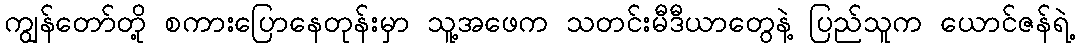
ကျွန်တော်တို့ စကားပြောနေတုန်းမှာ သူ့အဖေက သတင်းမီဒီယာတွေနဲ့ ပြည်သူက ယောင်ဇန်ရဲ့